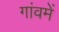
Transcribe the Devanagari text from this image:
गांवमें